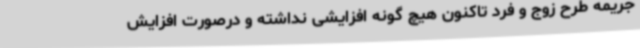
جریمه طرح زوج و فرد تاکنون هیچ گونه افزایشی نداشته‌ و درصورت افزایش